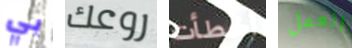
بي روعك أخطأت العمل